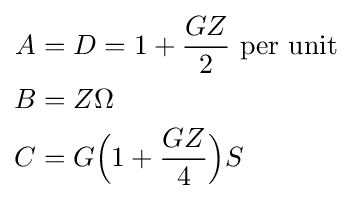
{\begin{aligned}A&=D=1+{\frac {GZ}{2}}{\text{ per unit}}\\B&=Z\Omega \\C&=G{\Big (}1+{\frac {GZ}{4}}{\Big )}S\end{aligned}}